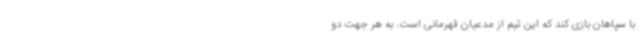
با سپاهان بازی کند که این تیم از مدعیان قهرمانی است. به هر جهت دو